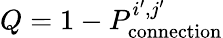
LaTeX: Q=1-P_{\textrm{connection}}^{i^{\prime},j^{\prime}}